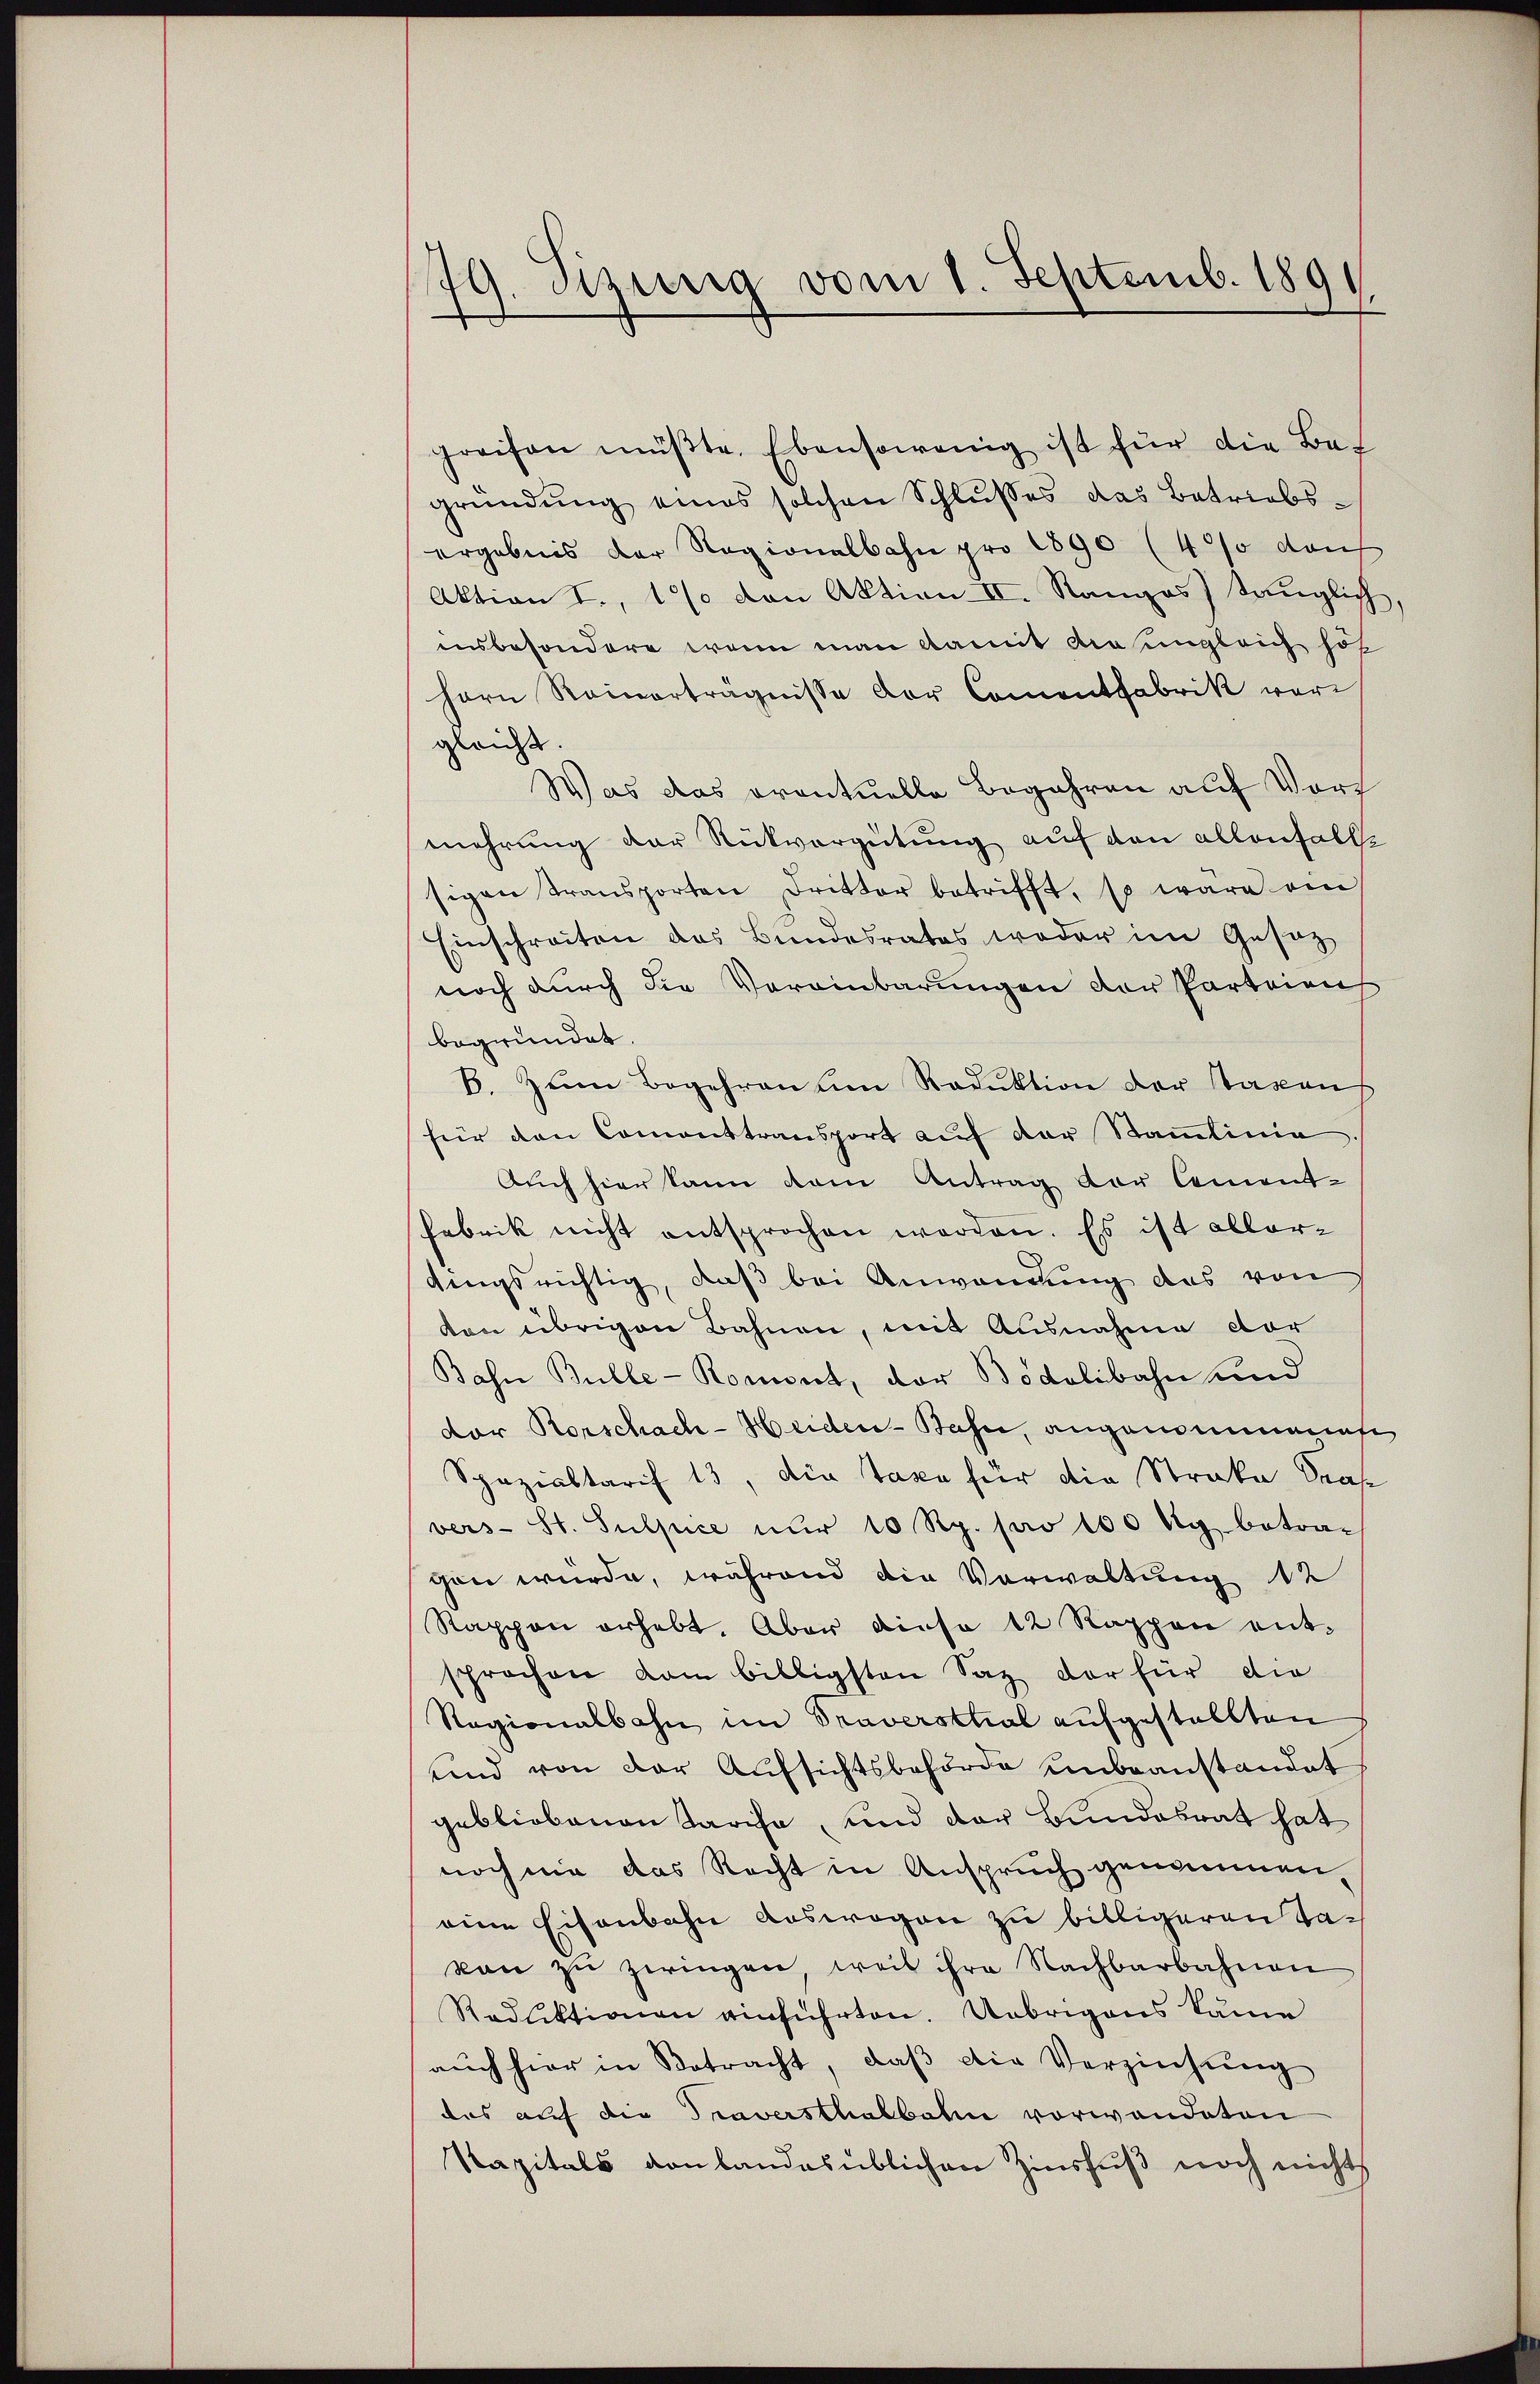
79. Sizig vom 1. Septemb. 1891
d

preisen müβte. Ebensowenig ist für die Bef
gründung eines solchen Schlŭsses das Betriebsergebnis der Ragionalbahn pro 1890 (4% Kauf
Aktion I., 1% von Aktion II. Rangos) tauglich,
insbesondere wenn man damit die ungleich höh
hern Reinerträgnisse der Comentfabrik vorgleicht.
Was das eventuelle Begehren auf Vort
mehrung der Rückvergütung auf den allenfalle
sigen Transporten Dritter betrifft, so wäre ein
Einschreiten das Bundesrates weder im Gesetz
noch durch die Vereinbarungen der Parteiens
begründet.
6. Zum Begehren um Reduktion der Staxen
für den Comonttransport auf der Stammlinie
Auch hier kann dem Antrag der Cement-
fabrik nicht entsprochen worden. Es ist aller-
dingsrichtig, daß bei Anwendung das von
den übrigen Bahnen, mit Ausnahme dor
Bahn Bulle-Romont, der Bodolibahn und
dor Rorschach-Heiden-Basse, angenommenes
Spazialtarif 13, die Taxe für die Strake Strafe
vers- St. Sulpice nŭr 10 Rp. pro 100 Kg. betra-
gen würde, während die Vorwaltung 12
Rappen erhebt. Aber diese 12 Rappen entsprochen kam billigsten Saz der für die
Ragionalbahn im Traverstrial aufgestellten
und von der Aufsichtsbehörde unbeanstandet
gebliebenen Karisa, und der Bundesrat hat
noch nie das Recht in Anspruch genommen,
eine Eisenbahn auswegen zu billigeren Takon zŭ zwingen, weil ihre Nachbarbahnen
Reduktionen einführten. Uebrigens käme
aŭch hier in Betracht, daβ die Verziehŭng
das auf die Traversthalbahn vorwandeten
Kapitals von landesüblichen Zinsfŭβ noch nicht